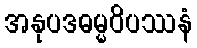
အနုပဒဓမ္မဝိပဿနံ